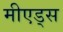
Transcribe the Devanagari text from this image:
मीएड्स